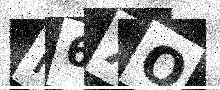
Text: R6XO